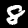
Digit: 8